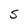
Character: S